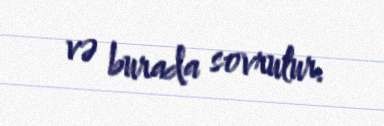
və burada sovrulur.